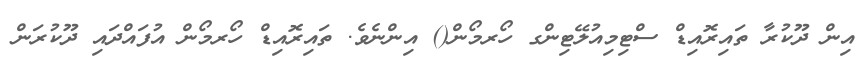
އިން ދޫކުރާ ތައިރޮއިޑް ސްޓިމިއުލޭޓިންގ ހޯރމޯން() އިންނެވެ. ތައިރޮއިޑް ހޯރމޯން އުފައްދައި ދޫކުރަން